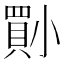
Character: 𡮨